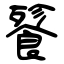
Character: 餮